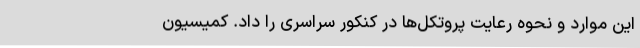
این موارد و نحوه رعایت پروتکل‌ها در کنکور سراسری را داد. کمیسیون